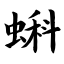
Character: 蝌